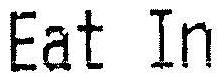
EAT IN